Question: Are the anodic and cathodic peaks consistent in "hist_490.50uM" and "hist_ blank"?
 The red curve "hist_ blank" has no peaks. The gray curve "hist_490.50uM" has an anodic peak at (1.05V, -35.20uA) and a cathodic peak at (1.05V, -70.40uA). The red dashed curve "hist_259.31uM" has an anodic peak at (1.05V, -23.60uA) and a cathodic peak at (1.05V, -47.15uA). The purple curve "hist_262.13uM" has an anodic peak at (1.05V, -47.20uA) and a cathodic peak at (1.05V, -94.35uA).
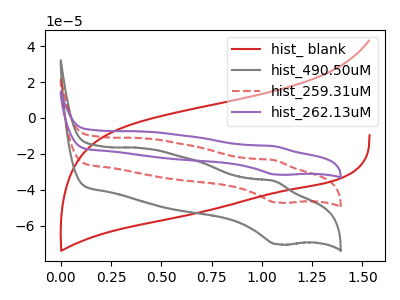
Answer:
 <answer>No, "hist_490.50uM" and "hist_ blank" have a different number of peaks.</answer>
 <eval>different_amount</eval>